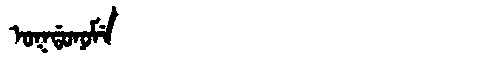
Manchu: ᠣᡴᡩᠣᠨᠣᠮᡝ
Romanization: OKDONOME